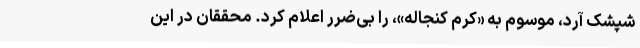
شپشک آرد، موسوم به «کرم کنجاله»، را بی‌ضرر اعلام کرد. محققان در این